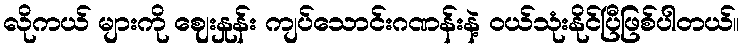
လိုကယ် များကို ဈေးနှုန်း ကျပ်သောင်းဂဏန်းနဲ့ ဝယ်သုံးနိုင်ပြီဖြစ်ပါတယ်။